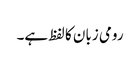
رومی زبان کا لفظ ہے۔